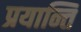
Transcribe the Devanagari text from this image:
प्रयान्ति